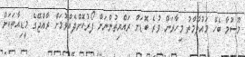
މޫސުމާ ބެހޭ މައުލޫމާތު މިހާރަށް ވުރެ ބޮޑަށް ރައްޔިތުންނަށް ފޯރުކޮށްދެއްވުމަށް ރާއްޖޭގެ މީޑިއާތަކަށް